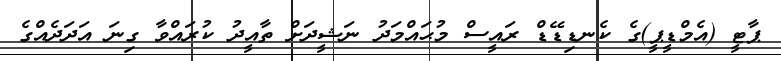
ޕާޓީ (އެމްޑީޕީ)ގެ ކެނޑިޑޭޑް ރައީސް މުޙައްމަދު ނަޝީދަށް ތާއީދު ކުރައްވާ ގިނަ އަދަދެއްގެ